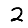
Digit: 2